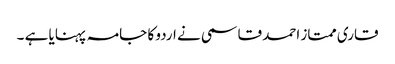
قاری ممتاز احمد قاسمی نے اردو کا جامہ پہنایا ہے ۔